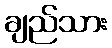
ချည်သား